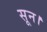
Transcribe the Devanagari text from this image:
सून।